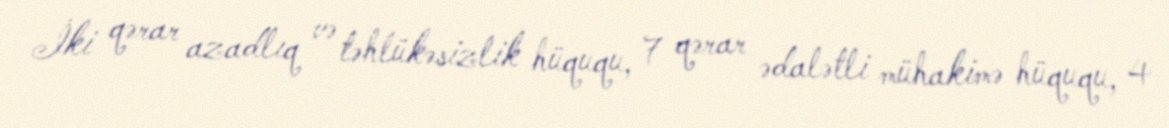
İki qərar azadlıq və təhlükəsizlik hüququ, 7 qərar ədalətli mühakimə hüququ, 4